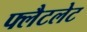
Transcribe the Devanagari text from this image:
फ्लैटलेट